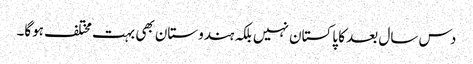
دس سال بعد کا پاکستان نہیں بلکہ ہندوستان بھی بہت مختلف ہوگا۔